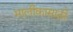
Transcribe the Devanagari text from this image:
मालीकासाठी